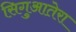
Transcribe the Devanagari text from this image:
सिगुआतेरा